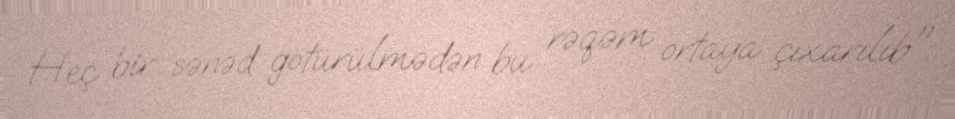
Heç bir sənəd götürülmədən bu rəqəm ortaya çıxarılıb".